Scottish Leaving Certificate Examination, 1953
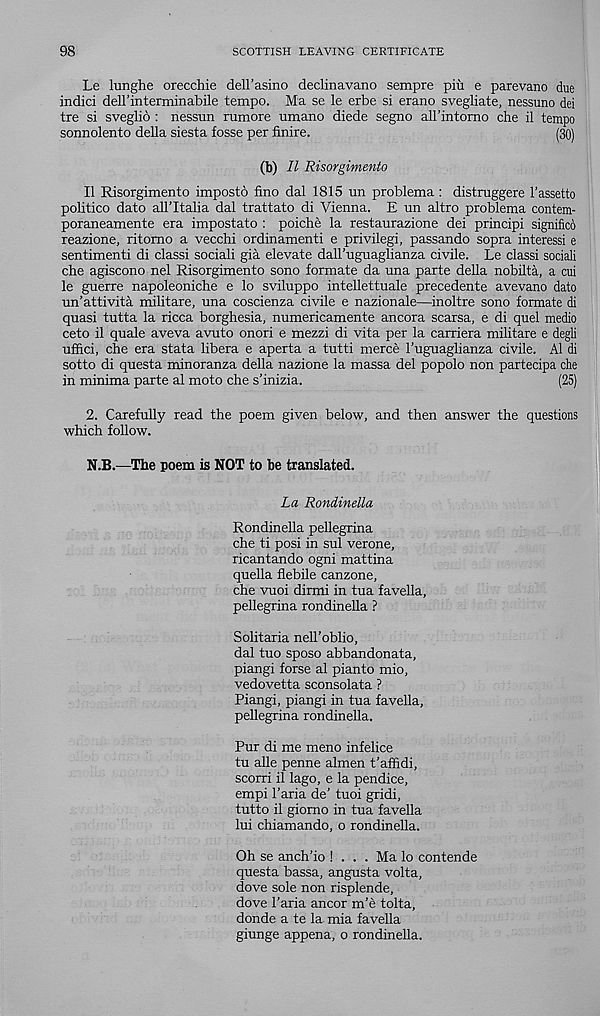
98
SCOTTISH LEAVING CERTIFICATE
Le lunghe orecchie dell’asino declinavano sempre piu e parevano due
indici dell’interminabile tempo. Ma se le erbe si erano svegliate, nessuno dei
tre si sveglio : nessun rumore umano diede segno all’intomo che il tempo
sonnolento della siesta fosse per finire.
(30)
(b) II Risorgimento
II Risorgimento imposto fino dal 1815 un problema : distruggere 1’assetto
politico dato all’Italia dal trattato di Vienna. E un altro problema contem-
poraneamente era impostato : poiche la restaurazione dei principi signific6
reazione, ritomo a vecchi ordinamenti e privilegi, passando sopra interessi e
sentimenti di classi sociali gia elevate daU’uguaglianza civile. Le classi sociali
che agiscono nel Risorgimento sono formate da una parte della nobilta, a cui
le guerre napoleoniche e lo sviluppo intellettuale precedente avevano dato
un’attivita militare, una coscienza civile e nazionale—inoltre sono formate di
quasi tutta la ricca borghesia, numericamente ancora scarsa, e di quel medio
ceto il quale aveva avuto onori e mezzi di vita per la camera militare e degli
uffici, che era stata libera e aperta a tutti merce I’uguaglianza civile. A1 di
sotto di questa minoranza della nazione la massa del popolo non partecipa che
in minima parte al moto che s’inizia.
(25)
2. Carefully read the poem given below, and then answer the questions
which follow.
N.B.—The poem is NOT to he translated.
La Rondinella
Rondinella pellegrina
che ti posi in sul verone,
ricantando ogni mattina
quella flebile canzone,
che vuoi dirmi in tua favella,
pellegrina rondinella ?
Solitaria nell’oblio,
dal tuo sposo abbandonata,
piangi forse al pianto mio,
vedovetta sconsolata ?
Piangi, piangi in tua favella,
pellegrina rondinella.
Pur di me meno infelice
tu alle penne almen t’affidi,
scorri il lago, e la pendice,
empi Faria de’ tuoi gridi,
tutto il giomo in tua favella
lui chiamando, o rondinella.
Oh se anch’io ! . . . Ma lo contende
questa bassa, angusta volta,
dove sole non risplende,
dove Faria ancor m’e tolta,
donde a te la mia favella
giunge appena, o rondinella.